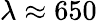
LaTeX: \lambda\approx 650